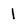
Character: 1